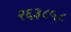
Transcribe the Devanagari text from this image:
२६३८५८